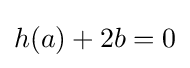
h(a)+2b=0